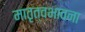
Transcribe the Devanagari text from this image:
मातृत्वभावना